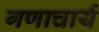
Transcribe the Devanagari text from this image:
गणाचार्य